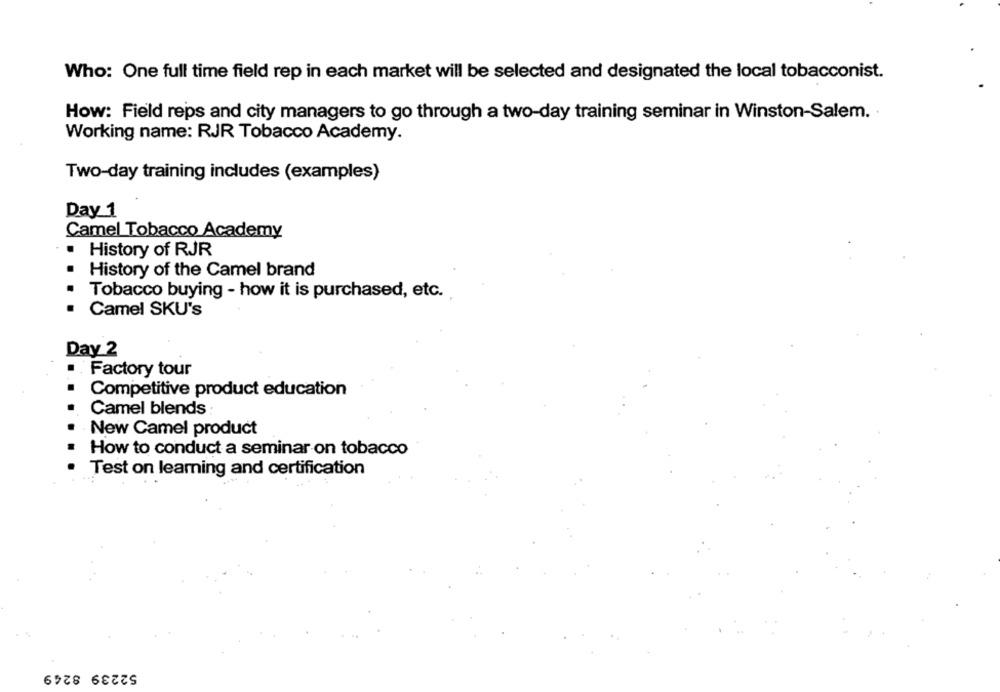
Who: One full time field rep in each market will be selected and designated the local tobacconist.
How: Field reps and city managers to go through a two-day training seminar in Winston-Salem.
Working name: RJR Tobacco Academy.
Two-day training includes (examples)
Day 1
Camel Tobacco Academy
History of RJR
History of the Camel brand
Tobacco buying - how it is purchased, etc.
Camel SKU's
Day 2
. Factory tour
Competitive product education
Camel blends
New Camel product
How to conduct a seminar on tobacco
Test on learning and certification
52239 8249